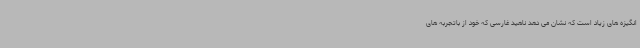
انگیزه های زیاد است که نشان می دهد ناهید غارسی که خود از باتجربه های